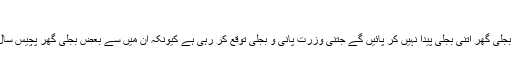
کمیٹی کا اعتراض
کمیٹی نے ان معاہدوں پر سرسری نظر ڈالنے کے بعد جو اعتراضات کیے ان کے مطابق یہ بجلی گھر اتنی بجلی پیدا نہیں کر پائیں گے جتنی وزرت پانی و بجلی توقع کر رہی ہے کیونکہ ان میں سے بعض بجلی گھر پچیس سال تک پرانے ہیں جو اپنی کل صلاحیت کا صرف پینتیس فیصد تک ہی پیداوار دے سکتے ہیں۔